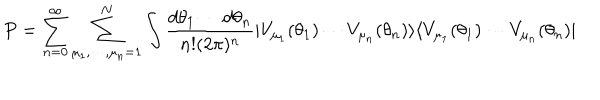
LaTeX: P = \sum _ { n = 0 } ^ { \infty } \sum _ { \mu _ { 1 } , \cdots , \mu _ { n } = 1 } ^ { N } \int { \frac { { d \theta _ { 1 } } \cdots { d \theta _ { n } } } { { n ! } ( 2 \pi ) ^ { n } } | V _ { \mu _ { 1 } } ( \theta _ { 1 } ) \cdots V _ { \mu _ { n } } ( \theta _ { n } ) \rangle \langle V _ { \mu _ { 1 } } ( \theta _ { 1 } ) \cdots V _ { \mu _ { n } } ( \theta _ { n } ) | }